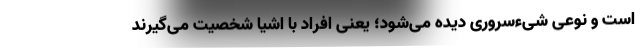
است و نوعی شیء‌سروری دیده می‌شود؛ یعنی افراد با اشیا شخصیت می‌گیرند